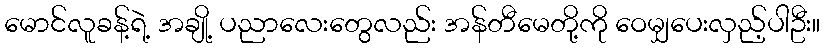
မောင်လူခန့်ရဲ့ အချို့ ပညာလေးတွေလည်း အန်တီမေတို့ကို ဝေမျှပေးလှည့်ပါဦး။